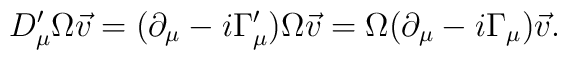
D_\mu^\prime\Omega\vec{v}=(\partial_\mu-i\Gamma_\mu^\prime)\Omega\vec{v}=\Omega(\partial_\mu-i\Gamma_\mu)\vec{v}.